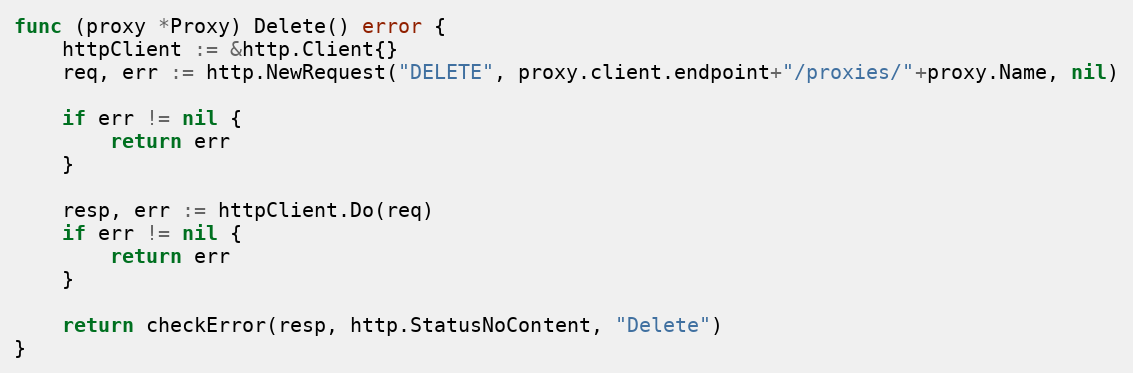
Language: Go
func (proxy *Proxy) Delete() error {
	httpClient := &http.Client{}
	req, err := http.NewRequest("DELETE", proxy.client.endpoint+"/proxies/"+proxy.Name, nil)

	if err != nil {
		return err
	}

	resp, err := httpClient.Do(req)
	if err != nil {
		return err
	}

	return checkError(resp, http.StatusNoContent, "Delete")
}